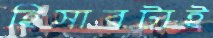
হিসাবটাই